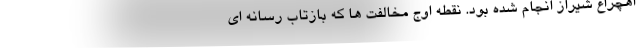
اهچراغ شیراز انجام شده بود. نقطه اوج مخالفت ها که بازتاب رسانه ای